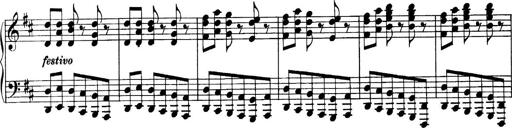
Title: Sonatina No.6
Composer: Ferruccio Busoni